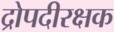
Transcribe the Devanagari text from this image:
द्रोपदीरक्षक